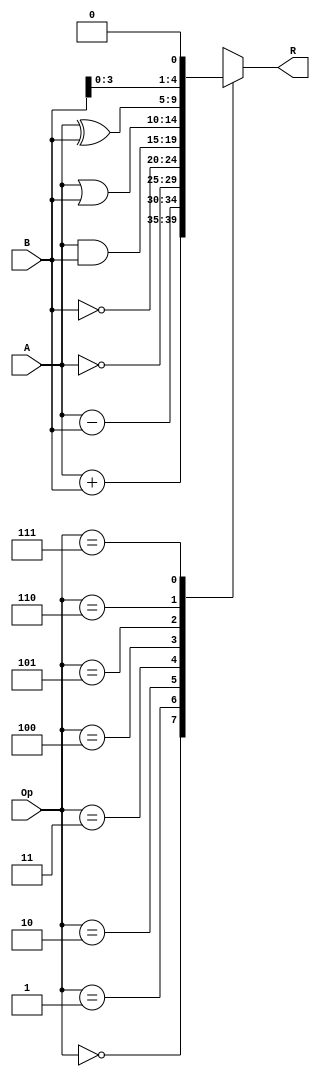
module miniAlu(
A,
B,
Op,
R );

// Inputs
input [4:0] A,B;
input [2:0] Op;

// Outputs
output [4:0] R;

wire [4:0] Reg1,Reg2;
reg [4:0] Reg3;

assign Reg1 = A;
assign Reg2 = B;

assign R = Reg3;

always @(Op or Reg1 or Reg2)
begin
case(Op)
0 : Reg3 = Reg1 + Reg2; // Toplama
1 : Reg3 = Reg1 - Reg2; // ?karma
2 : Reg3 = ~Reg1; // NOT gate(A)
3 : Reg3 = ~Reg2; // NOT gate(B)
4 : Reg3 = Reg1 & Reg2; // AND gate
5 : Reg3 = Reg1 | Reg2; // OR gate
6 : Reg3 = Reg1 ^ Reg2; // XOR gate
7 : Reg3 = Reg2 << 1; // Rotate Left
endcase
end

endmodule